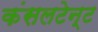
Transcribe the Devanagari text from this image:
कंसलटेन्ट